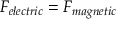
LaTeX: F _ { e l e c t r i c } = F _ { m a g n e t i c }